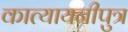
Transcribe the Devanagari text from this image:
कात्यायनीपुत्र